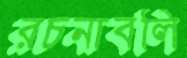
রচনাবলি